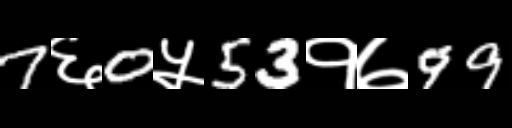
Text: 7६0५53१७99